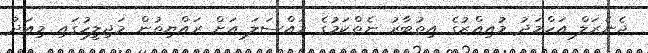
ޖެނެރަލް އަހްމަދު މުއިއްޒުގެ އިތުބާރު ނެތްކަމުގެ މައްސަލަ އަށް ރައްޔިތުން މަޖިލީހުގައި މިއަދު